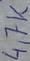
Text: 4,7K